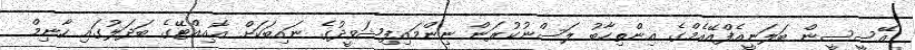
އޭސީސީން ބަލަނީއެފްއޭއެމްގެ އިންތިހާބު ލަސްނުކުރަން ނިންމައިފިޝަވީދުގެ ނައިބަކަށް އޮއިއްޓޭގެ ބަދަލުގައި ހާނިމް